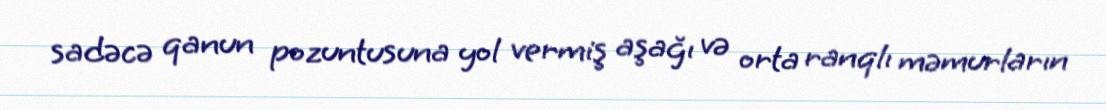
sadəcə qanun pozuntusuna yol vermiş aşağı və orta ranqlı məmurların